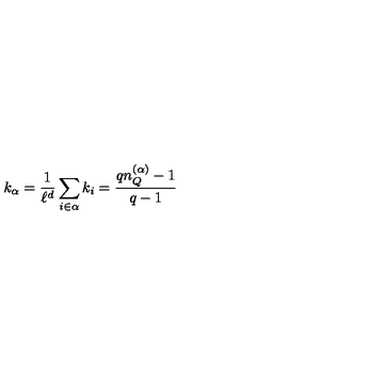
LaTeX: k _ { \alpha } = \frac { 1 } { \ell ^ { d } } \sum _ { i \in \alpha } k _ { i } = \frac { q n _ { Q } ^ { ( \alpha ) } - 1 } { q - 1 }